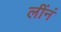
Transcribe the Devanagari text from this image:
लींनं